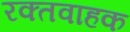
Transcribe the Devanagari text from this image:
रक्तवाहक